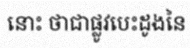
នោះ ថាជាផ្លូវបេះដូងនៃ